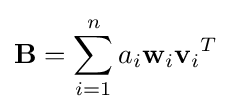
\mathbf {B} =\sum _{i=1}^{n}a_{i}\mathbf {w} _{i}{\mathbf {v} _{i}}^{T}